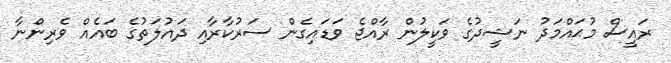
ރައީސް މުޙައްމަދު ނަޝީދުގެ ވަކީލުން ރާއްޖެ ވަޑައިގެން ސަރުކާރާއި ދައުލަތުގެ ބައެއް ވެރިންނާ